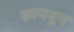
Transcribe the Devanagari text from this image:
छापवून